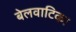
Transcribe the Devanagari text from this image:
बेलवाटिका